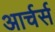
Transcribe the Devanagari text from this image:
आर्चर्स